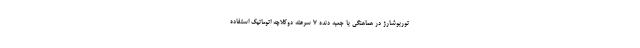
توربوشارژ در هماهنگی با جعبه دنده 7 سرعته دوکلاچه اتوماتیک استفاده